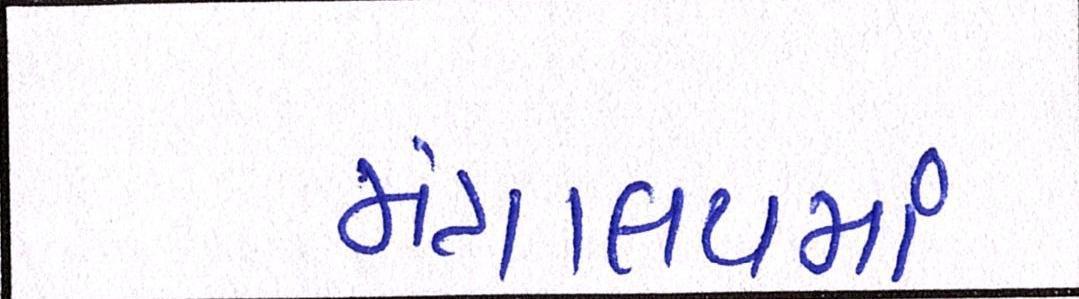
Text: મંત્રાલયમાં